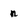
Character: n